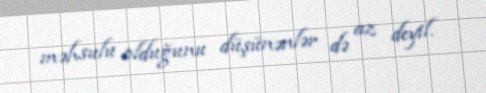
məhsulu olduğunu düşünənlər də az deyil.